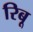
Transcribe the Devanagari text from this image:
रिबू